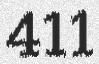
411